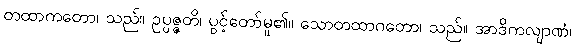
တထာကတော၊ သည်။ ဥပ္ပဇ္ဇတိ၊ ပွင့်တော်မူ၏။ သောတထာဂတော၊ သည်။ အာဒိကလျာဏံ၊